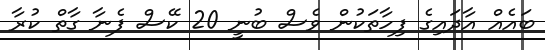
ބައެއް އާދައިގެ ފިހާތަކުން ވެސް ބުނީ 20 ކޭސް ފެނާ ގާތް ކުރާ